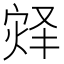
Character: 𪹀